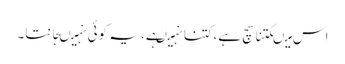
اس میںکتنا سچ ہے،کتنا نہیںہے، یہ کوئی نہیںجانتا۔